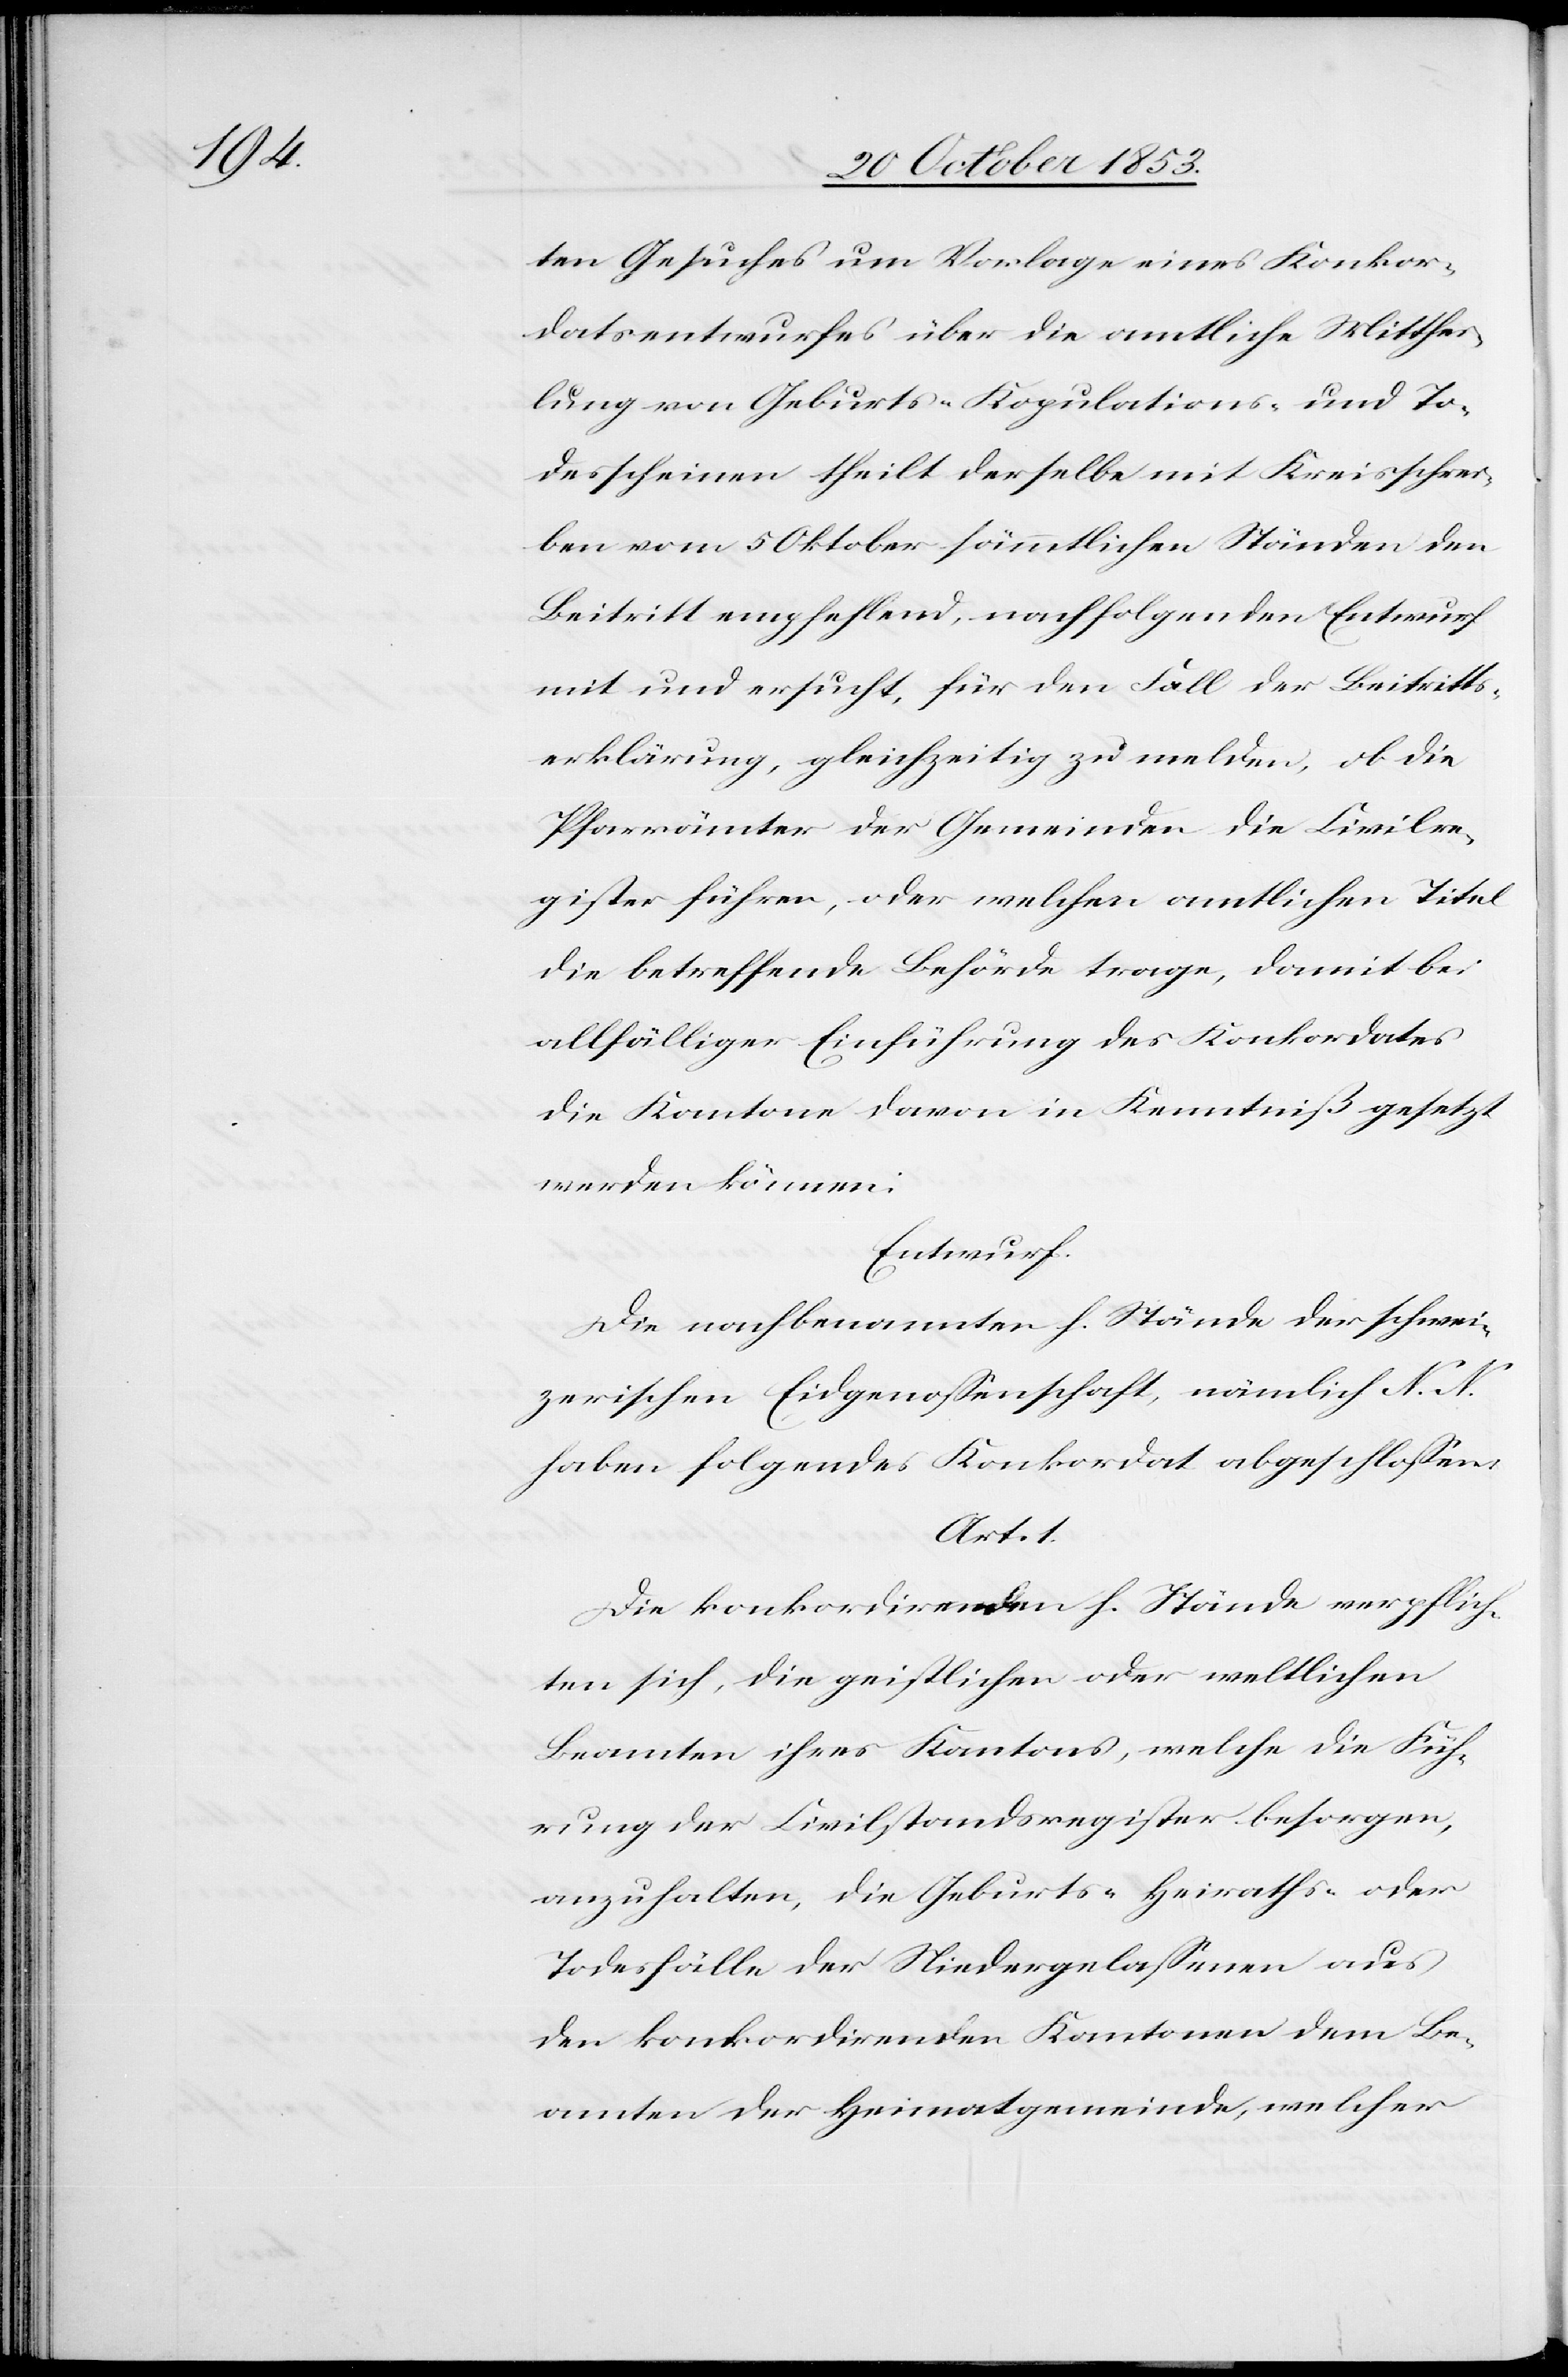
ten Gesuches um Vorlage eines Konkor¬
datsentwurfes über die amtliche Mitthei¬
lung von Geburts-Kopulations- und To¬
desscheinen theilt derselbe mit Kreisschrei¬
ben vom 5 Oktober sämmtlichen Ständen den
Beitritt empfehlend, nachfolgenden Entwurf
mit und ersucht, für den Fall der Beitritts¬
erklärung, gleichzeitig zu melden, ob die
Pfarrämter der Gemeinden die Civilre¬
gister führen, oder welchen amtlichen Titel
die betreffende Behörde trage, damit bei
allfälliger Einführung des Konkordates
die Kantone davon in Kenntniß gesetzt
werden können:
Entwurf.
Die nachbenannten h. Stände der schwei¬
zerischen Eidgenossenschaft, nämlich N. N.
haben folgendes Konkordat abgeschloßen.
Art. 1.
Die konkordirenden h. Stände verpflich¬
ten sich, die geistlichen oder weltlichen
Beamten ihres Kantons, welche die Füh¬
rung der Civilstandsregister besorgen,
anzuhalten, die Geburts- Heiraths- oder
Todesfälle der Niedergelaßenen aus
den konkordirenden Kantonen dem Be¬
amten der Heimatgemeinde, welcher